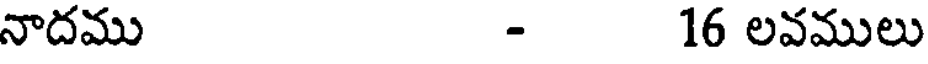
నాదము - 16 లవములు